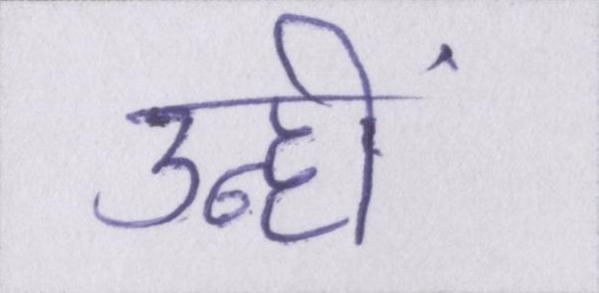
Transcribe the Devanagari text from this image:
उन्हीं